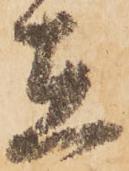
在